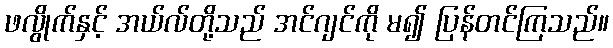
ဖလွိုက်နှင့် အယ်လ်တို့သည် အင်ဂျင်ကို မ၍ ပြန်တင်ကြသည်။